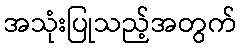
အသုံးပြုသည့်အတွက်